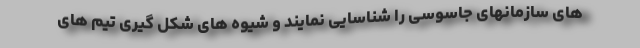
های سازمانهای جاسوسی را شناسایی نمایند و شیوه های شکل گیری تیم های